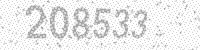
Solution: 208533